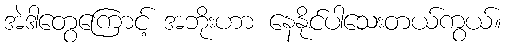
အဲဒါတွေကြောင့် အဘိုးဟာ နေနိုင်ပါသေးတယ်ကွယ်။